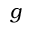
g